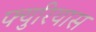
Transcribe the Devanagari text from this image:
फ्युरियास